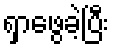
ရှာဖွေခဲ့ပြီး